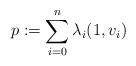
LaTeX: \begin{align*}p:=\sum_{i=0}^n\lambda_i(1,v_i)\end{align*}